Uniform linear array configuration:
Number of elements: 16
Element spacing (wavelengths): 0.5
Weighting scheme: hann
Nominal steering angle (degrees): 15
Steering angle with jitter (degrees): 14.571
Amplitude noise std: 0.05
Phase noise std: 0.05

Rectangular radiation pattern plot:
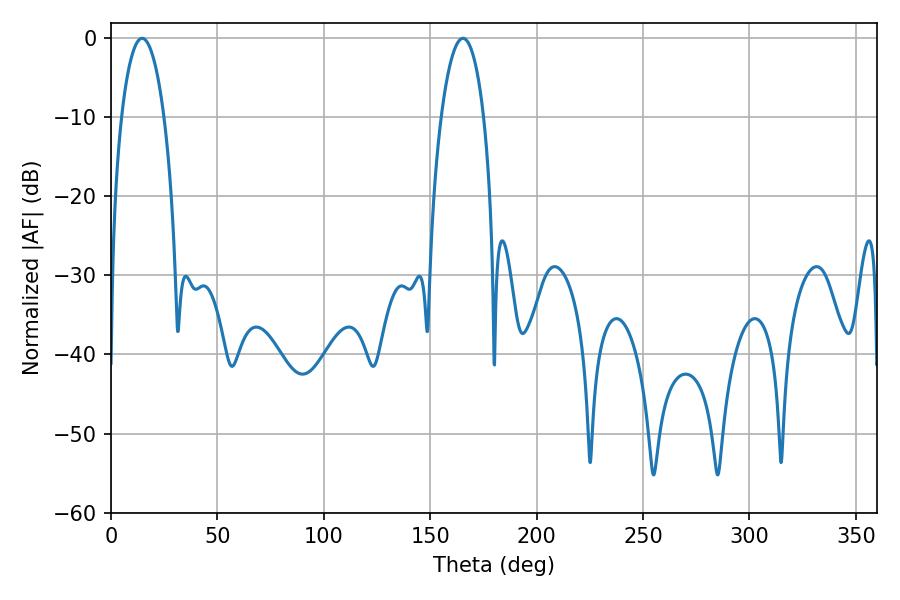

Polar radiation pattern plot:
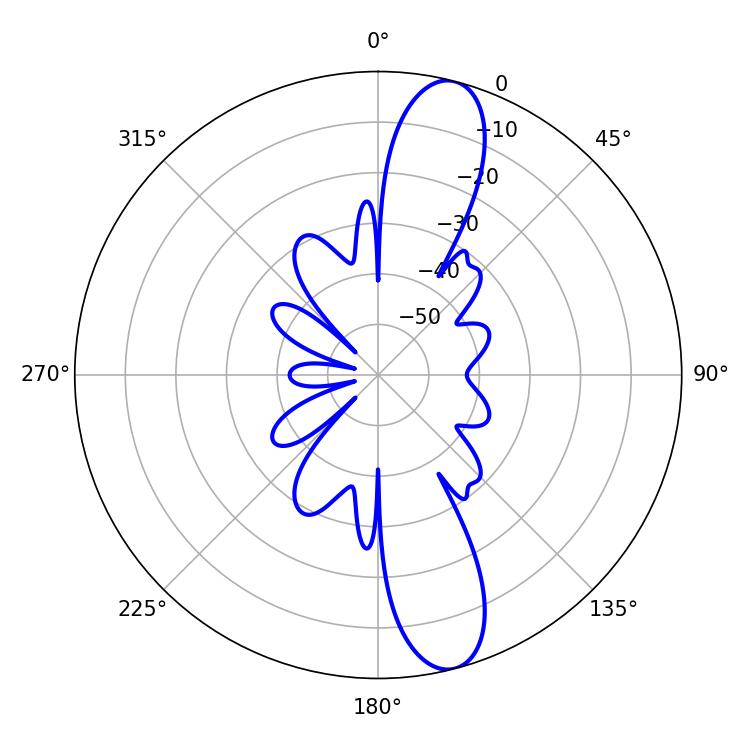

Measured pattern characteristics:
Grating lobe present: FALSE
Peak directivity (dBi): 12.779
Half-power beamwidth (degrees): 11.16
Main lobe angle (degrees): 14.58